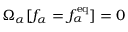
\Omega _ { \alpha } [ f _ { \alpha } = f _ { \alpha } ^ { \mathrm { e q } } ] = 0